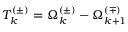
T _ { k } ^ { ( \pm ) } = \Omega _ { k } ^ { ( \pm ) } - \Omega _ { k + 1 } ^ { ( \mp ) }